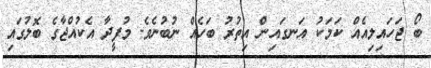
ބޯ ޖަހައިލިއެއް ކަމަކު އަނގައިން އިތުރު ބަހެއް ނުބުނެވެ. މުފީދާ އެކުއްޖާގެ ބޮލުގައި